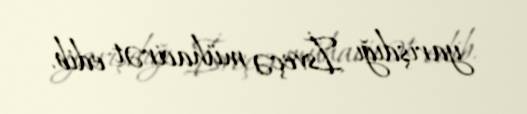
yarışdığı İsveçə mühacirət edib.